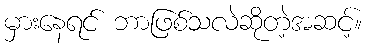
မှားနေရင် ဘာဖြစ်သလဲဆိုတဲ့အဆင့်။